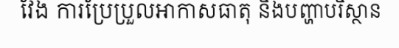
វែង ការប្រែប្រួលអាកាសធាតុ និងបញ្ហាបរិស្ថាន